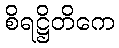
စိရဋ္ဌိတိကေ